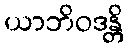
ယာဘိဝဒန္တိ